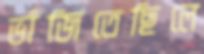
ভাঁজিতেছিলে